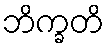
ဘိက္ခတိ